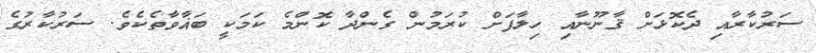
ސަރުކާރާއި ދެކޮޅަށް ޤާނޫނާއި ހިލާފަށް ކުރަމުން ގެންދާ ކޮންމެ ކަމަކީ ބަޣާވާތެކެވެ. ސަރުކާރުގެ